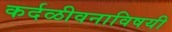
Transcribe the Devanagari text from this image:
कर्दळीवनाविषयी